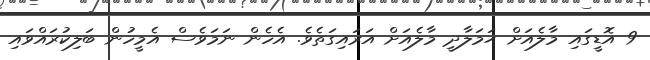
9 އޮޑީގައި މާލެއަށް ޙަމަލާދީ މާލެއަށް އަރައިގަތެވެ. އެހެން ނަމަވެސް އެމީހުން ބަލިކުރައްވައި